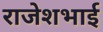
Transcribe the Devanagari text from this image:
राजेशभाई